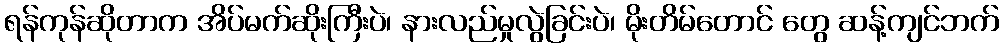
ရန်ကုန်ဆိုတာက အိပ်မက်ဆိုးကြီးပဲ၊ နားလည်မှုလွဲခြင်းပဲ၊ မိုးတိမ်တောင် တွေ ဆန့်ကျင်ဘက်